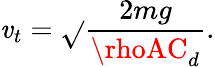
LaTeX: \mathit{v}_{t}={\sqrt{}{{\frac{{2mg}}{{\rhoAC_{d}}}}}}.